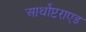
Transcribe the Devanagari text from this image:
आर्थोप्टराएड